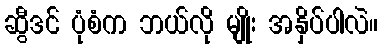
ဆွီဒင် ပုံစံက ဘယ်လို မျိုး အနှိပ်ပါလဲ။